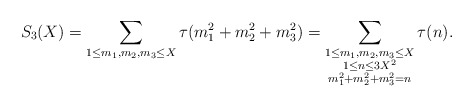
\begin{align*}S_3(X)=\sum_{1\le m_1,m_2,m_3\le X}\tau(m_1^2+m_2^2+m_3^2)=\sum_{\substack{1\le m_1,m_2,m_3\le X\\ 1\le n\le 3X^2 \\ m_1^2+m_2^2+m_3^2=n}}\tau(n).\end{align*}